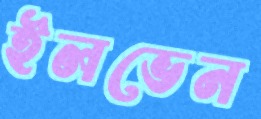
ইলভেন